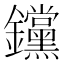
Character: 钂